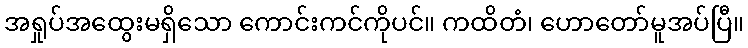
အရှုပ်အထွေးမရှိသော ကောင်းကင်ကိုပင်။ ကထိတံ၊ ဟောတော်မူအပ်ပြီ။